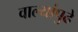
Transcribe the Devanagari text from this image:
वाल्यांपुढे